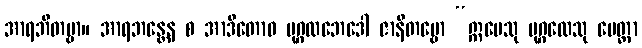
အာရဘိတဗ္ဗာ။ အာရဘန္တေန စ အာဒိတောဝ ပုဂ္ဂလဘေဒေါ ဇာနိတဗ္ဗော “ဣမေသု ပုဂ္ဂလေသု မေတ္တာ